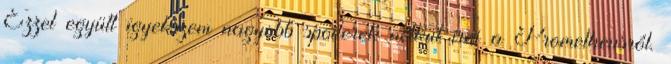
Ezzel együtt igyekszem nagyobb spoilerek nélkül írni a Prometheusról.